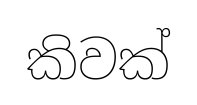
කිවක්